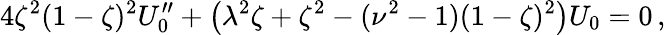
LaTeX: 4\zeta^{2}(1-\zeta)^{2}U_{0}^{\prime\prime}+\left(\lambda^{2}\zeta+\zeta^{2}-(\nu^{2}-1)(1-\zeta)^{2}\right)U_{0}=0\, ,